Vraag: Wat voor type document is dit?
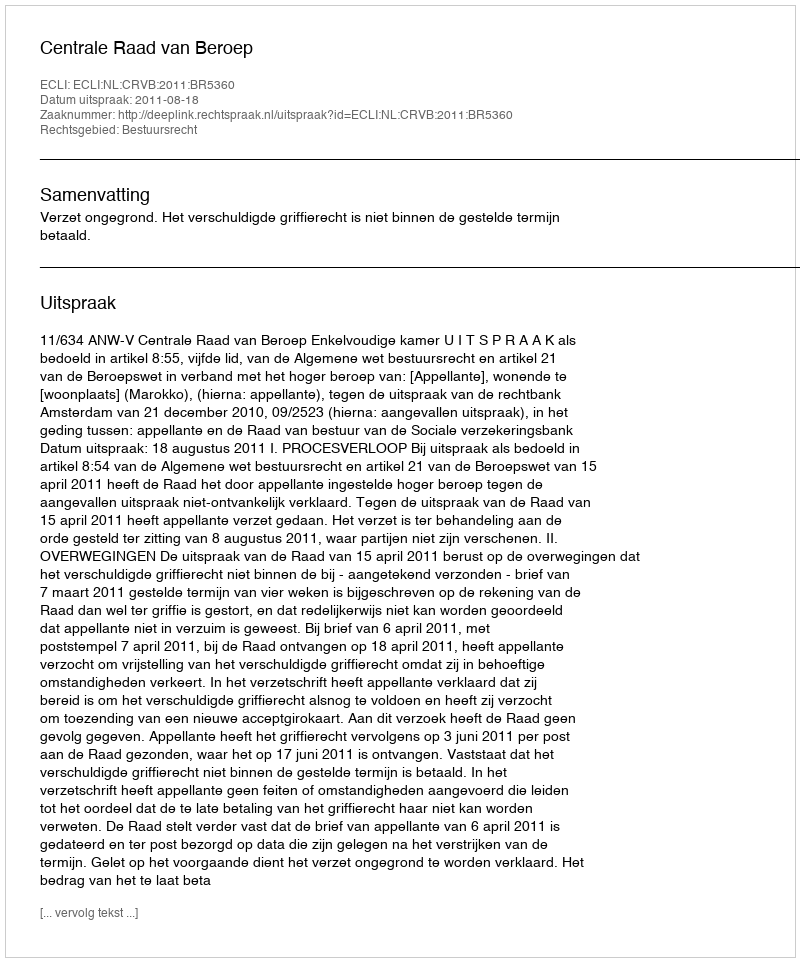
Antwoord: Uitspraak